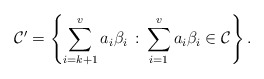
\begin{align*}\mathcal{C}'=\left\{\sum_{i=k+1}^va_i\beta_i\,:\,\sum_{i=1}^va_i\beta_i\in \mathcal{C}\right\}.\end{align*}